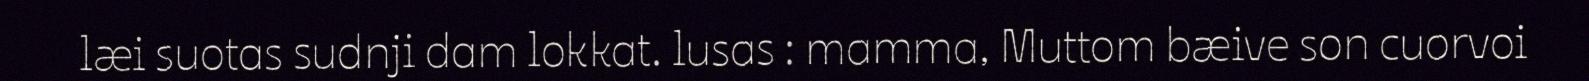
læi suotas sudnji dam lokkat. lusas : mamma, Muttom bæive son cuorvoi